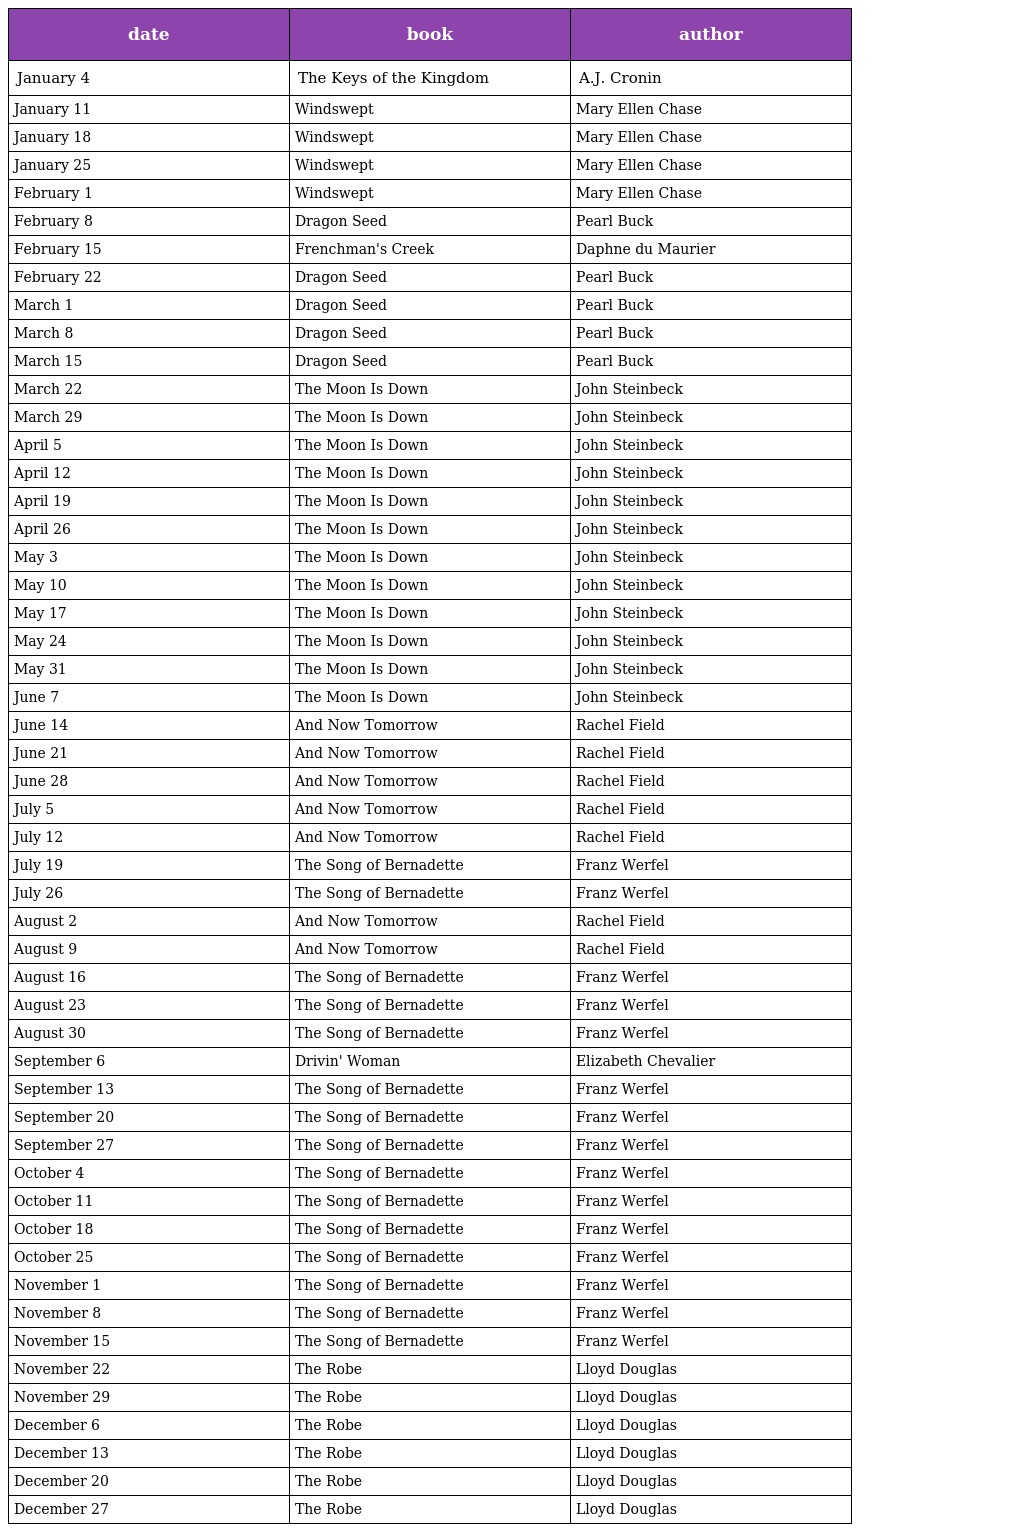
| date | book | author |
 | --- | --- | --- |
 | January 4 | The Keys of the Kingdom | A.J. Cronin |
 | January 11 | Windswept | Mary Ellen Chase |
 | January 18 | Windswept | Mary Ellen Chase |
 | January 25 | Windswept | Mary Ellen Chase |
 | February 1 | Windswept | Mary Ellen Chase |
 | February 8 | Dragon Seed | Pearl Buck |
 | February 15 | Frenchman's Creek | Daphne du Maurier |
 | February 22 | Dragon Seed | Pearl Buck |
 | March 1 | Dragon Seed | Pearl Buck |
 | March 8 | Dragon Seed | Pearl Buck |
 | March 15 | Dragon Seed | Pearl Buck |
 | March 22 | The Moon Is Down | John Steinbeck |
 | March 29 | The Moon Is Down | John Steinbeck |
 | April 5 | The Moon Is Down | John Steinbeck |
 | April 12 | The Moon Is Down | John Steinbeck |
 | April 19 | The Moon Is Down | John Steinbeck |
 | April 26 | The Moon Is Down | John Steinbeck |
 | May 3 | The Moon Is Down | John Steinbeck |
 | May 10 | The Moon Is Down | John Steinbeck |
 | May 17 | The Moon Is Down | John Steinbeck |
 | May 24 | The Moon Is Down | John Steinbeck |
 | May 31 | The Moon Is Down | John Steinbeck |
 | June 7 | The Moon Is Down | John Steinbeck |
 | June 14 | And Now Tomorrow | Rachel Field |
 | June 21 | And Now Tomorrow | Rachel Field |
 | June 28 | And Now Tomorrow | Rachel Field |
 | July 5 | And Now Tomorrow | Rachel Field |
 | July 12 | And Now Tomorrow | Rachel Field |
 | July 19 | The Song of Bernadette | Franz Werfel |
 | July 26 | The Song of Bernadette | Franz Werfel |
 | August 2 | And Now Tomorrow | Rachel Field |
 | August 9 | And Now Tomorrow | Rachel Field |
 | August 16 | The Song of Bernadette | Franz Werfel |
 | August 23 | The Song of Bernadette | Franz Werfel |
 | August 30 | The Song of Bernadette | Franz Werfel |
 | September 6 | Drivin' Woman | Elizabeth Chevalier |
 | September 13 | The Song of Bernadette | Franz Werfel |
 | September 20 | The Song of Bernadette | Franz Werfel |
 | September 27 | The Song of Bernadette | Franz Werfel |
 | October 4 | The Song of Bernadette | Franz Werfel |
 | October 11 | The Song of Bernadette | Franz Werfel |
 | October 18 | The Song of Bernadette | Franz Werfel |
 | October 25 | The Song of Bernadette | Franz Werfel |
 | November 1 | The Song of Bernadette | Franz Werfel |
 | November 8 | The Song of Bernadette | Franz Werfel |
 | November 15 | The Song of Bernadette | Franz Werfel |
 | November 22 | The Robe | Lloyd Douglas |
 | November 29 | The Robe | Lloyd Douglas |
 | December 6 | The Robe | Lloyd Douglas |
 | December 13 | The Robe | Lloyd Douglas |
 | December 20 | The Robe | Lloyd Douglas |
 | December 27 | The Robe | Lloyd Douglas |